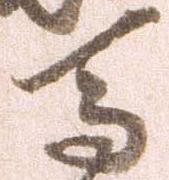
馬